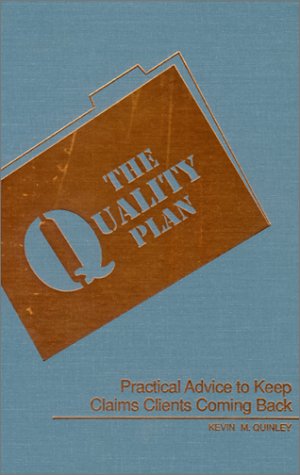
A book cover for The Quality Plan: Practical Advice to Keep Claims Clients Coming Back; Kevin M. Quinley; Engineering & Transportation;